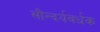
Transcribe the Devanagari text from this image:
सौन्दर्यवर्धक